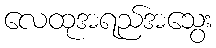
လေထုအရည်အသွေး